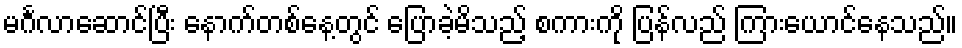
မင်္ဂလာဆောင်ပြီး နောက်တစ်နေ့တွင် ပြောခဲ့မိသည့် စကားကို ပြန်လည် ကြားယောင်နေသည်။